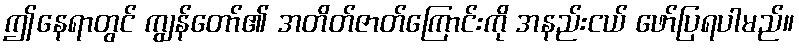
ဤနေရာတွင် ကျွန်တော်၏ အတိတ်ဇာတ်ကြောင်းကို အနည်းငယ် ဖော်ပြရပါမည်။